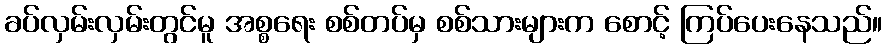
ခပ်လှမ်းလှမ်းတွင်မူ အစ္စရေး စစ်တပ်မှ စစ်သားများက စောင့် ကြပ်ပေးနေသည်။